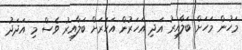
މަހުން މަހަށް ބަލާއިރު އަދި އަހަރުން އަހަރަށް ބަލާއިރު ވެސް މި އަދަދު